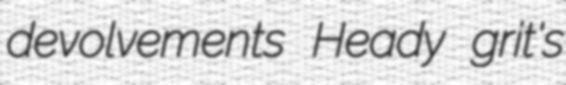
devolvements Heady grit's